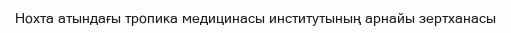
Нохта атындағы тропика медицинасы институтының арнайы зертханасы